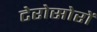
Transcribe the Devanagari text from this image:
टेरोसोरों